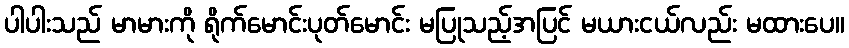
ပါပါးသည် မာမားကို ရိုက်မောင်းပုတ်မောင်း မပြုသည့်အပြင် မယားငယ်လည်း မထားပေ။